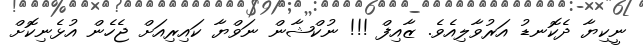
ނީކިޔާ ދެކޮނޑު އަރުވާލިއެވެ. ޒާއިފް !!! ނުކްޝާން ނަވްޔާ ކައިރިއަށް ޖެހެން އުޅެނިކޮށް